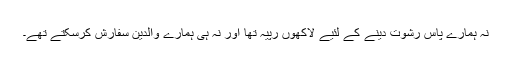
نہ ہمارے پاس رشوت دینے کے لئیے لاکھوں رپیہ تھا اور نہ ہی ہمارے والدین سفارش کرسکتے تھے۔